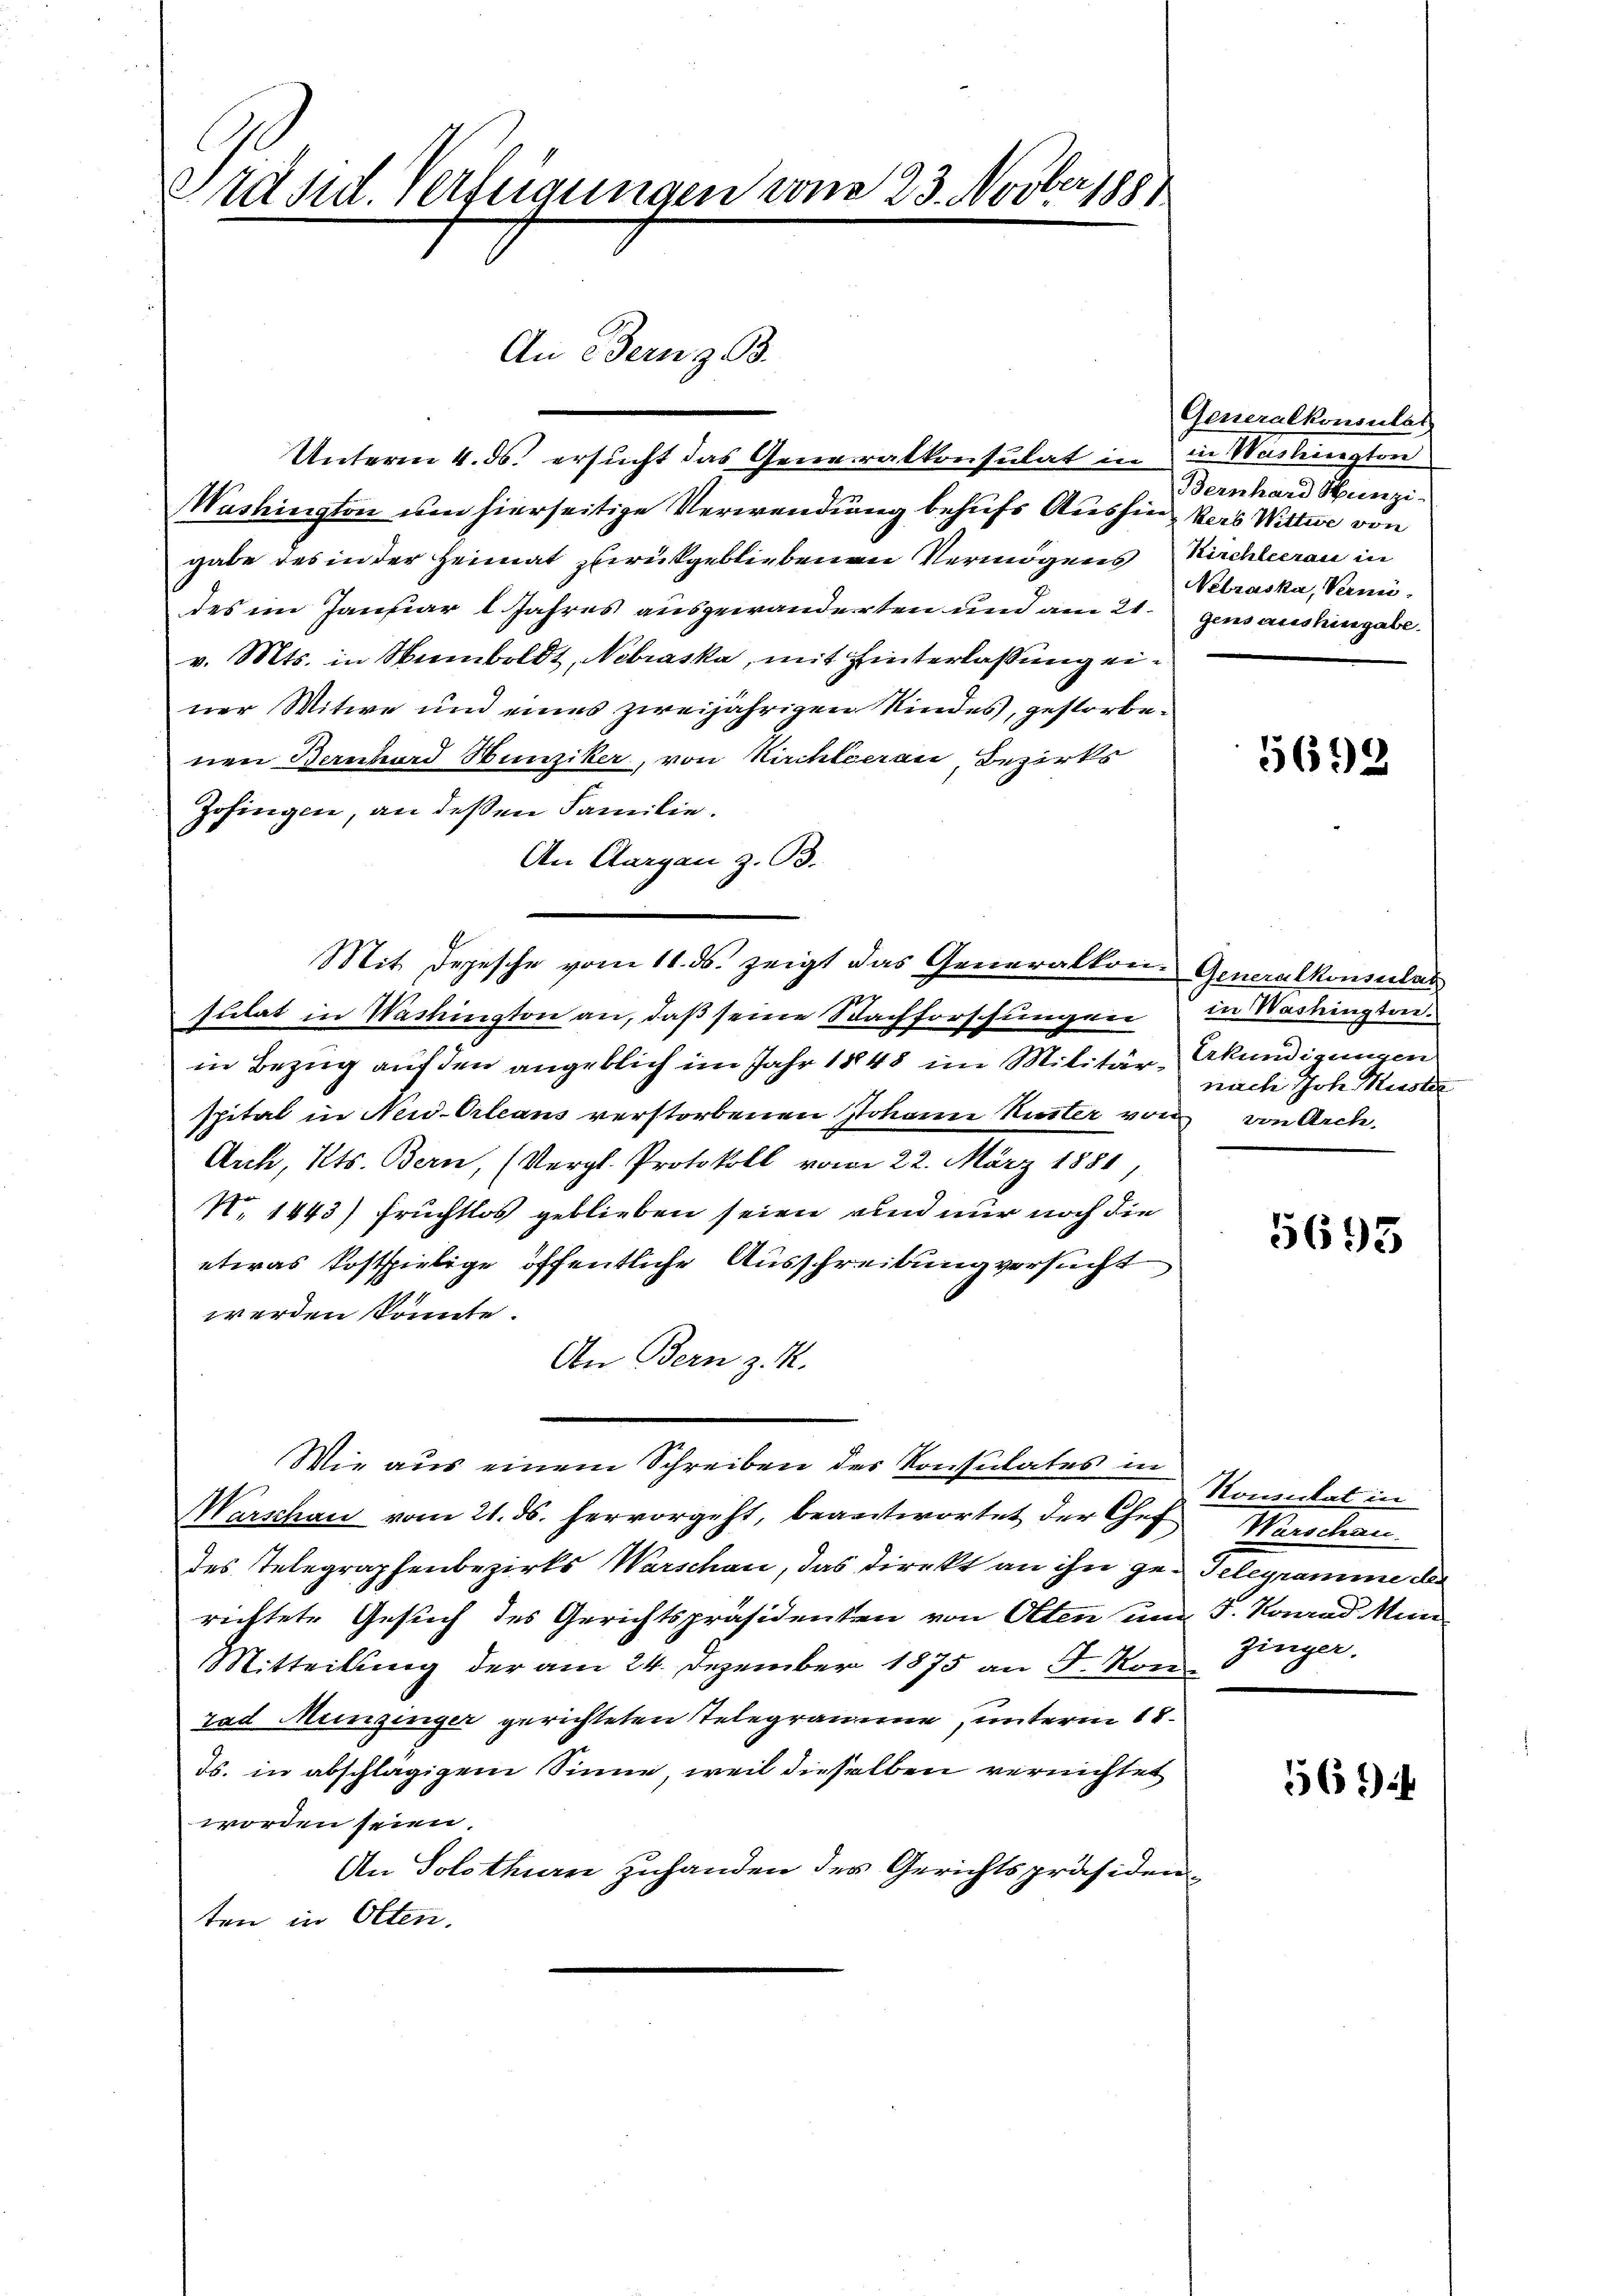
Präsid. Verfügungen vom 23. Novber 188
An Bern z. B.

Unterm 4. ds. ersucht das Generalkonsulat in in Washington
Washington von hierseitige Verwendung behufs Aushin kers Wittwe von
gabe des in der Heimat zurückgebliebenen Vermögens Kirchleerau in
des im Januar 1 Jahres ausgewanderten und am 21. gensaushingabe.
v. Mts. in Humboldt, Nebraska, mit Hinterlassung einer Witwe und eines zweijährigen Kindes, gestorbenen Bernhard Hunziker, von Kirchleerau, Bezirks
Zofingen, an deßen Familie.
An Aargau z. O3.
Mit Depesche vom 11. ds. zeigt das Generalkon Generalkonsulat
18
sulat in Washington an, daß seine Sachforschungen
in Bezug auf den angeblich im Jahr 1848 im Militär-Akundigungen
spital in New-Orleans verstorbenen Johann Ruster von von Arch.
Arch, Kts. Bern, (Vergl. Protokoll vom 22. März 1881
N. 1443) Früchtlos geblieben seien, und nur noch die
etwas kostspielige öffentliche Ausschreibung versucht
werden könnte.
An Bern z. K.
Wie aus einem Schreiben der Konsulates in
Marschau vom 21. ds. hervorgeht, beantwortet der Chef Warschau
des Telegraphenbezirks Warschen, das direkt an ihn ge- Gelegramme des
richtete Gesuch des Gerichtspräsidenten von Otten und J. Kannd Mun
Mitteilung der am 24. Dezember 1875 an F. Konrad Munzinger gerichteten Telegramme, unterm 18.
ds. in abschlägigem Sinne, weil dieselben vernichtet
worden seien.
An Solothurn zuhanden des Gerichtspräsidenten in Olten.

Generalkonsulat
Bernhard Hunzi-
Nelraska, Vani

5698

in Washingten.
nach Joh. Huster

5693

Konsulat in
zinger.

564